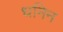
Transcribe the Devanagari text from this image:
धनिन